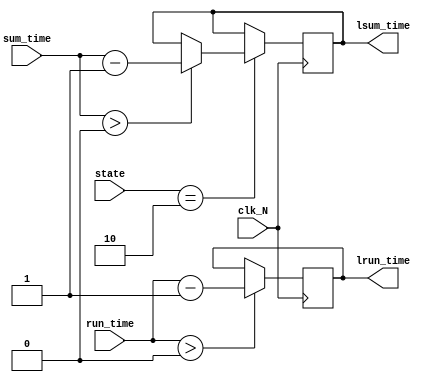
`timescale 1ns / 1ps
//////////////////////////////////////////////////////////////////////////////////
// Company: 
// Engineer: 
// 
// Design Name: 
// Module Name: time_caculator
// Project Name: 
// Target Devices: 
// Tool Versions: 
// Description: 
// 
// Dependencies: 
// 
// Revision:
// Revision 0.01 - File Created
// Additional Comments:
// 
//////////////////////////////////////////////////////////////////////////////////


module time_caculator(clk_N, state, sum_time, run_time, lsum_time, lrun_time);
input [1:0]state;
input clk_N;
input [7:0]sum_time;
input [3:0]run_time;
output reg [7:0]lsum_time;
output reg [3:0]lrun_time;
parameter OFF=0,PREPARE=1,RUN=2,PAUSE=3;
always 
    @(posedge clk_N) begin
    if(state == RUN)  //run
        if(sum_time > 0)
            lsum_time <= sum_time - 1;
        if(run_time > 0)
            lrun_time <= run_time - 1;
end
endmodule